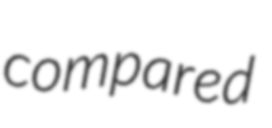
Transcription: compared